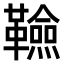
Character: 𮧭